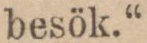
besök.“